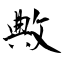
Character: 敟